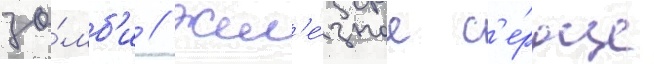
зо́мб'и // Жел'е́зное с'е́рдце